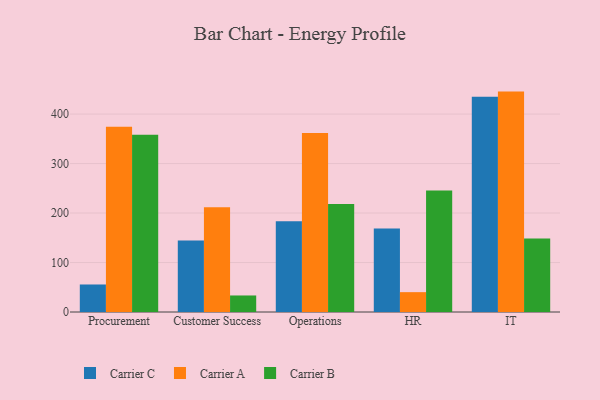
{"axis": {"x": "Department", "y": "Operating Costs (USD K)"}, "legend": ["Carrier A", "Carrier B", "Carrier C"], "data": [{"x": "Procurement", "y": 55.6, "type": "Carrier C"}, {"x": "Procurement", "y": 374.4, "type": "Carrier A"}, {"x": "Procurement", "y": 358.1, "type": "Carrier B"}, {"x": "Customer Success", "y": 144.4, "type": "Carrier C"}, {"x": "Customer Success", "y": 211.6, "type": "Carrier A"}, {"x": "Customer Success", "y": 33.4, "type": "Carrier B"}, {"x": "Operations", "y": 183.6, "type": "Carrier C"}, {"x": "Operations", "y": 361.6, "type": "Carrier A"}, {"x": "Operations", "y": 218.3, "type": "Carrier B"}, {"x": "HR", "y": 168.7, "type": "Carrier C"}, {"x": "HR", "y": 40.1, "type": "Carrier A"}, {"x": "HR", "y": 245.3, "type": "Carrier B"}, {"x": "IT", "y": 434.8, "type": "Carrier C"}, {"x": "IT", "y": 445.4, "type": "Carrier A"}, {"x": "IT", "y": 148.4, "type": "Carrier B"}]}